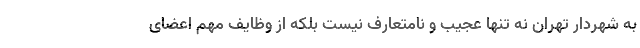
به شهردار تهران نه تنها عجیب و نامتعارف نیست بلکه از وظایف مهم اعضای